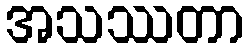
အသဿတာ